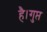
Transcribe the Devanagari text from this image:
है।गुप्त